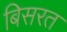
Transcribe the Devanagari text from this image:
बिसरत